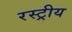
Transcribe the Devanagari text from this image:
रस्ट्रीय